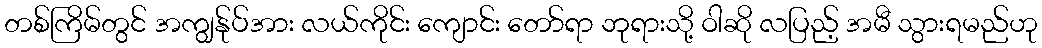
တစ်ကြိမ်တွင် အကျွန်ုပ်အား လယ်ကိုင်း ကျောင်း တော်ရာ ဘုရားသို့ ဝါဆို လပြည့် အမီ သွားရမည်ဟု